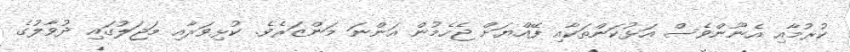
ކުރުމާއި އެނޫންވެސް އަޅުކަންތަކާއި ފޭއްޔަށް ޖެހެމުން އަންނަ މަންޒަރެވެ. ކުޅިވަރާއި މަޖަލުގައި ދުވާލުގެ